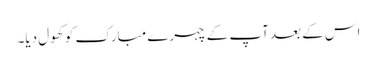
اس کے بعد آپ کے چہرے مبارک کو کھول دیا۔